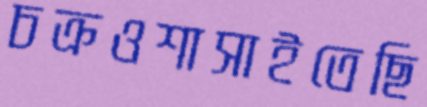
চক্রওশাসাইতেছি